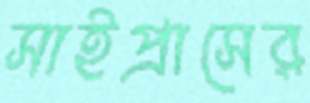
সাইপ্রাসের